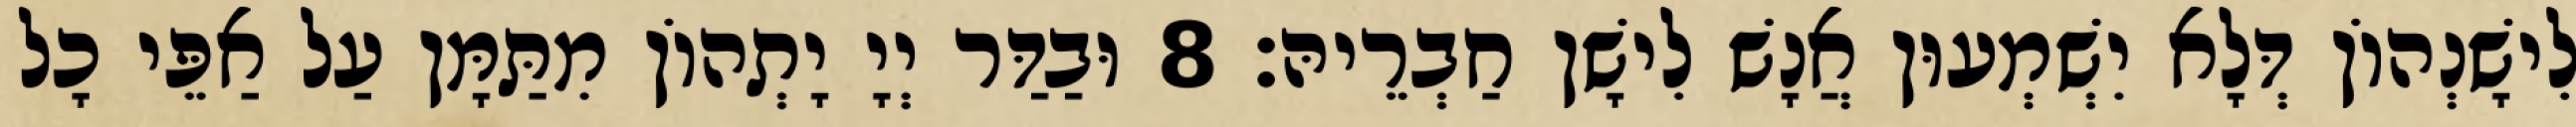
לִישָׁנְהוֹן דְּלָא יִשְׁמְעוּן אֲנָשׁ לִישָׁן חַבְרֵיהּ׃ 8 וּבַדַּר יְיָ יָתְהוֹן מִתַּמָּן עַל אַפֵּי כָל